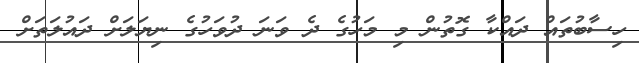
ހިސާބުތައް ދައްކާ ގޮތުން މި މަހުގެ ދެ ވަނަ ދުވަހުގެ ނިޔަލަށް ދައުލަތަށް